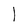
Character: U